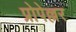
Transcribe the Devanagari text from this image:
प्रोपेल्लर